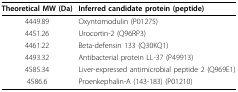
| Theoretical MW (Da) | Inferred candidate protein (peptide) |
 | --- | --- |
 | 4449.89 | Oxyntomodulin (P01275) |
 | 4451.26 | Urocortin-2 (Q96RP3) |
 | 4461.22 | Beta-defensin 133 (Q30KQ1) |
 | 4493.32 | Antibacterial protein LL-37 (P49913) |
 | 4585.34 | Liver-expressed antimicrobial peptide 2 (Q969E1) |
 | 4586.6 | Proenkephalin-A (143-183) (P01210) |